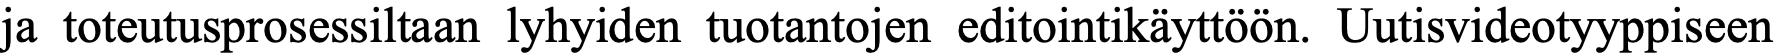
ja toteutusprosessiltaan lyhyiden tuotantojen editointikäyttöön. Uutisvideotyyppiseen